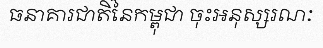
ធនាគារជាតិនៃកម្ពុជា ចុះអនុស្សរណៈ